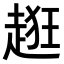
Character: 𧻺